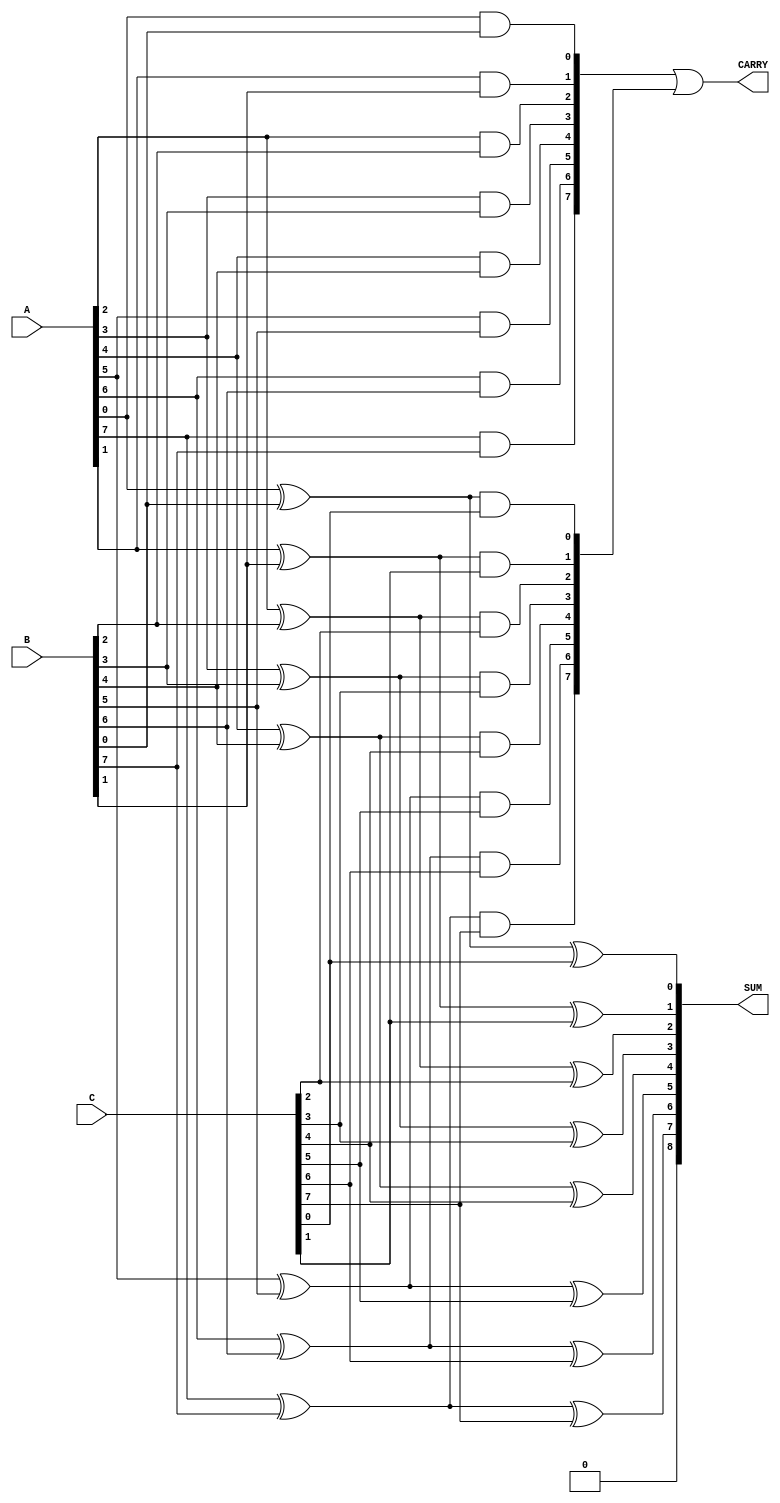
module carry_save_adder (
    input  wire [N-1:0] A, // First operand
    input  wire [N-1:0] B, // Second operand
    input  wire [N-1:0] C, // Third operand
    output wire [N:0] SUM,  // Final sum output
    output wire [N-1:0] CARRY // Final carry output
);
    parameter N = 8; // Width of input operands. Adjust as needed.
    
    // Intermediate partial sums and carries
    wire [N-1:0] PS1, PS2, PS3; // Partial sums
    wire [N-1:0] C1, C2, C3;     // Carries

    // Generate partial sums and carries
    genvar i;
    generate
        for (i = 0; i < N; i = i + 1) begin : CSA_stage
            assign PS1[i] = A[i] ^ B[i]; // Partial sum from A and B
            assign C1[i]  = A[i] & B[i];  // Carry from A and B
            assign PS2[i] = PS1[i] ^ C[i]; // Add C's bits
            assign C2[i]  = PS1[i] & C[i]; // Carry from PS1 and C
        end
    endgenerate

    // Final sum and carry calculations
    assign SUM = PS2; // Final sum
    assign CARRY = C1 | C2; // Final carry

endmodule